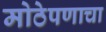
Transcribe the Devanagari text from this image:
मोठेपणाचा